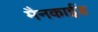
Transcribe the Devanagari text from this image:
मैनकाईंड